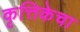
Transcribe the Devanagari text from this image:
कृत्तिकेचा